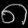
Digit: ၈